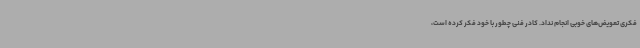
فکری تعویض‌های خوبی انجام نداد. کادر فنی چطور با خود فکر کرده است،‌